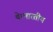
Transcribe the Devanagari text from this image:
थे।भारतीय